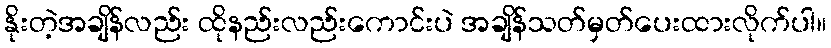
နိုးတဲ့အချိန်လည်း ထိုနည်းလည်းကောင်းပဲ အချိန်သတ်မှတ်ပေးထားလိုက်ပါ။